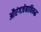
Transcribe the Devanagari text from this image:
औरंगजेबाविरूद्ध